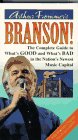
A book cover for Arthur Frommer's Branson!; Arthur Frommer; Travel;